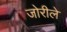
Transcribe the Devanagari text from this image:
जोरीले